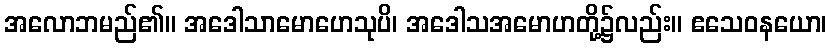
အလောဘမည်၏။ အဒေါသာမောဟေသုပိ၊ အဒေါသအမောဟတို့၌လည်း။ ဧသေဝနယော၊